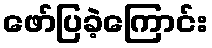
ဖော်ပြခဲ့ကြောင်း